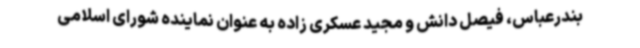
بندرعباس، فیصل دانش و مجید عسکری زاده به عنوان نماینده شورای اسلامی